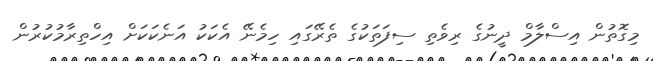
މިގޮތުން އިސްލާމް ދީނުގެ ރިވެތި ސިފަތަކުގެ ތެރޭގައި ހިމެނޭ އެކަކު އަނެކަކަށް އިހްތިރާމުކުރުން